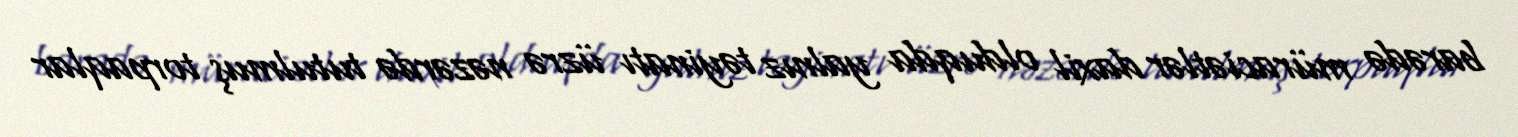
barədə müraciətlər daxil olduqda yalnız təyinatı üzrə nəzərdə tutulmuş torpaqlar